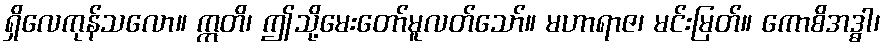
ရှိလေကုန်သလော။ ဣတိ၊ ဤသို့မေးတော်မူလတ်သော်။ မဟာရာဇ၊ မင်းမြတ်။ ကောစိအဒ္ဓါ၊